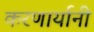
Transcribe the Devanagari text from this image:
करणार्यानी